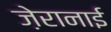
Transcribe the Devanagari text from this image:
ज़ेरानाई